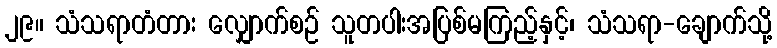
၂၉။ သံသရာတံတား လျှောက်စဉ် သူတပါးအပြစ်မကြည့်နှင့်၊ သံသရာ-ချောက်သို့